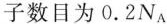
子数目为0.2N_{A}